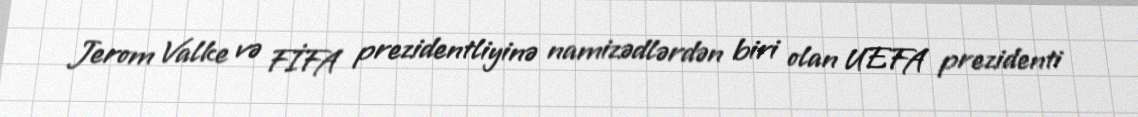
Jerom Valke və FİFA prezidentliyinə namizədlərdən biri olan UEFA prezidenti